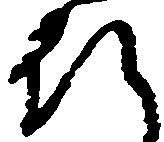
行